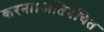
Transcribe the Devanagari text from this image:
करना।अतिवंचित